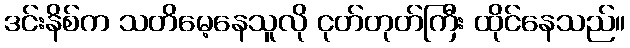
ဒင်းနိစ်က သတိမေ့နေသူလို ငုတ်တုတ်ကြီး ထိုင်နေသည်။